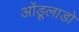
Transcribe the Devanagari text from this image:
ओंडूलाडो